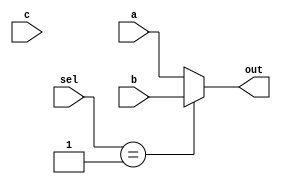
module forwarding_mux(
	input [31:0]a,
	input [31:0]b,
	input [31:0]c,
	input [1:0] sel,
	output reg [31:0] out
    );

always@(*)
	begin
		case(sel)
			1'b00 : out = a;
			1'b01 : out = b;
			1'b10 : out = c;
			default : out = a;
		endcase
	end
	
endmodule